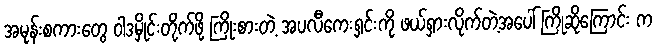
အမုန်းစကားတွေ ဝါဒမှိုင်းတိုက်ဖို့ ကြိုးစားတဲ့ အပလီကေးရှင်းကို ဖယ်ရှားလိုက်တဲ့အပေါ် ကြိုဆိုကြောင်း က